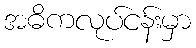
အဓိကလုပ်ငန်းမှာ